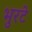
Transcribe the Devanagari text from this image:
भुरटे